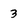
Character: 3